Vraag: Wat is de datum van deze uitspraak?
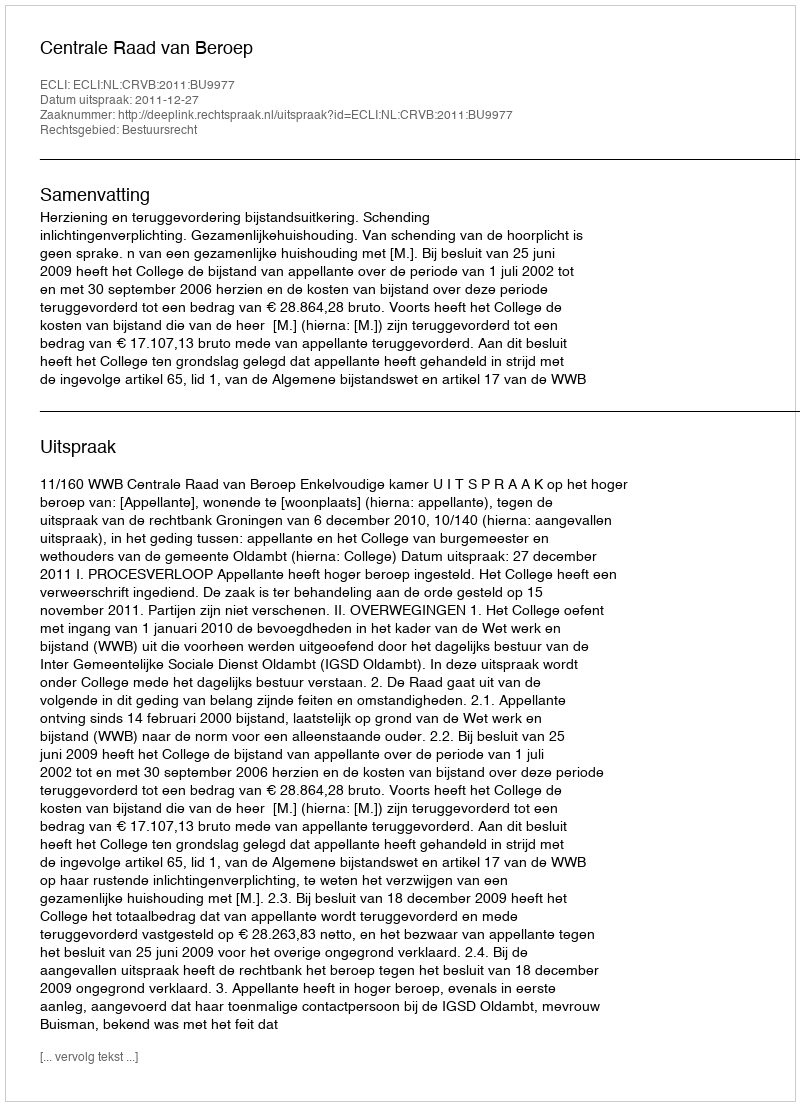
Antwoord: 2011-12-27